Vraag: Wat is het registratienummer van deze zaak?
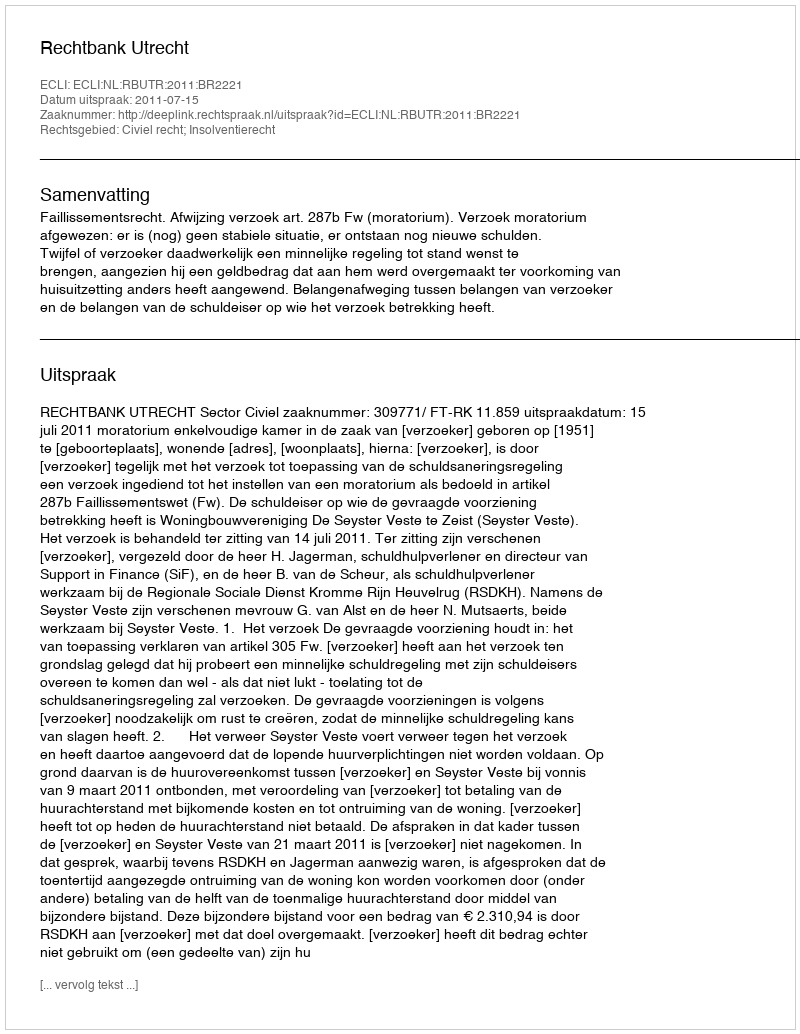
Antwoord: http://deeplink.rechtspraak.nl/uitspraak?id=ECLI:NL:RBUTR:2011:BR2221